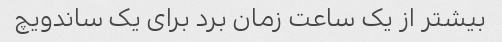
بیشتر از یک ساعت زمان برد برای یک ساندویچ